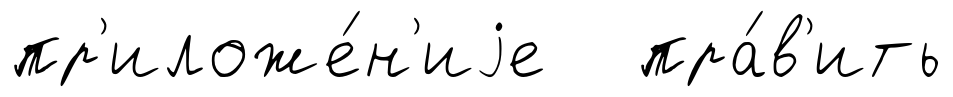
пр'иложе́н'иjе пра́в'ить